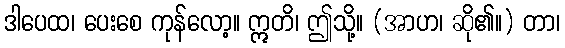
ဒါပေထ၊ ပေးစေ ကုန်လော့။ ဣတိ၊ ဤသို့။ (အာဟ၊ ဆို၏။) တာ၊